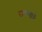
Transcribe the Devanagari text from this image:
रहाण्याचें